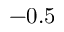
- 0 . 5